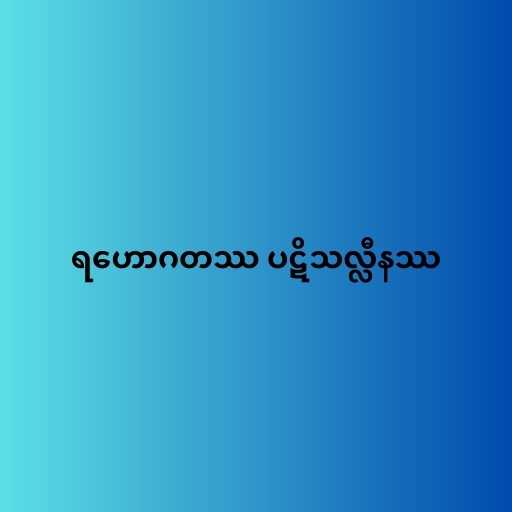
ရဟောဂတဿ ပဋိသလ္လီနဿ